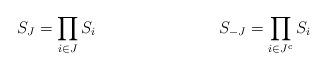
LaTeX: \begin{align*}S_J&=\prod_{i\in J}S_i & S_{{-}J}&=\prod_{i\in J^{\text c}}S_i\end{align*}